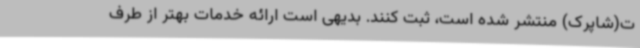
ت(شاپرک) منتشر شده است، ثبت کنند. بدیهی است ارائه خدمات بهتر از طرف